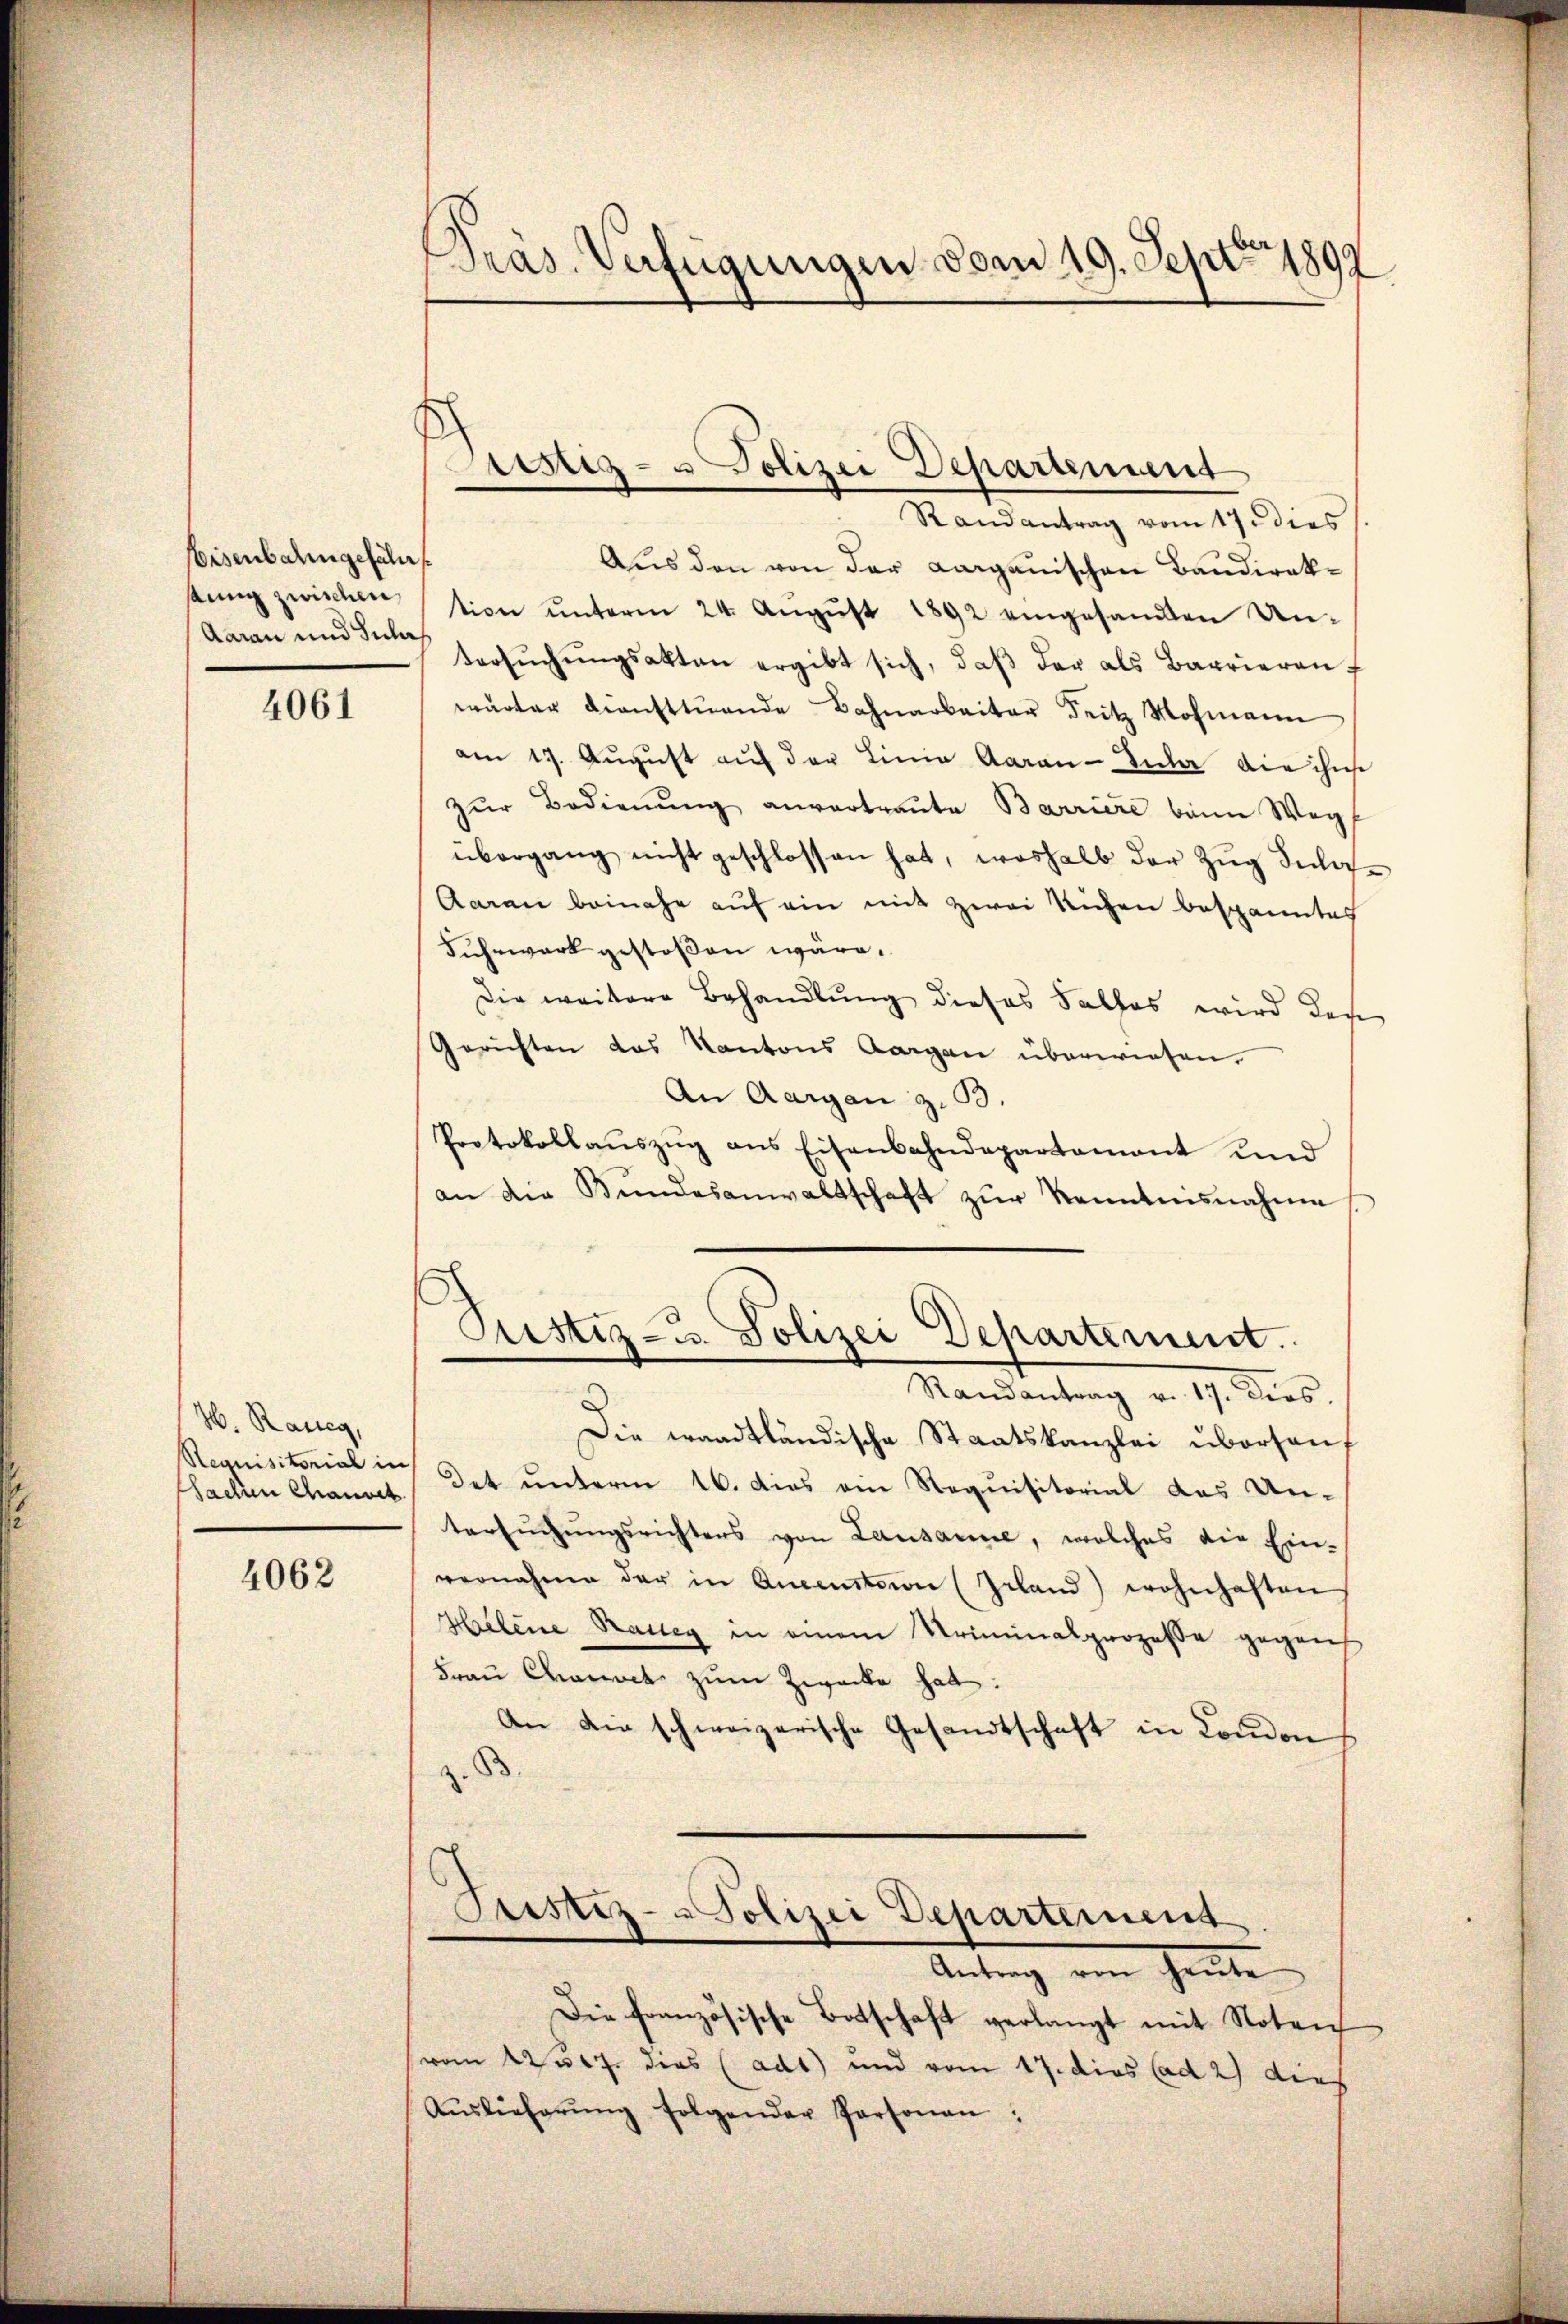
Eisenbahngefäll
Aarau und Inlas

4061

W. Rang,
Sachen Chauset

4062

Präs. Verfügungen vom 19. Sept. 1892

Randantrag vom 17. dies
Aus den von der Aarganischen Bandireksung zwischention unterm 24. August 1892 eingesandten Untersŭchŭngsakten ergibt sich, daβ der als Barrieren
wärter diensttŭande Bahnarbeiter Seitz Mohmann
am 17. Aŭgŭst aŭf der Linie Garan-Tuber die ihne
zŭr Bedienŭng anvertraute Barriere beim Wegf
übergang nicht geschlossen hat, weshalb der Zŭg Inla¬
Aaran beinahe auf ein mit zwei Richen bespanntes
Fuhrwerk gestoßen wäre.
Die weitere Behandlung dieses Falles wird des
Gerichten das Kantons Aargau überwiesen.
An Aargau z. B.
Protokollaŭszŭg ans Eisenbahndepartamant und
an die Bŭndesanwaltschaft zŭr Kenntnisnahme

Justiz- u Polizei Departement

Pustiz- u. Polizei Departement.

Randantrag v. 17. Dies.
Die waadtländische Staatskanzlei übersauf
Requisitorial in Det unterm 16. dies ein Requisitorial des Untersŭchŭngsrichters von Lausanne, welches die Einvernahme der in Aueenstorie (Geland) wohnhaften
Helene Rasseg in einem Kriminalprozesse gegens
Frau Charact zum Zwecke hat:
An die schweizerische Gesandtschaft in Condon
 B.
Justiz-Polizei Departement
Antrag von heŭte
Die französische Botschaft verlangt mit Noten
(vom 22507. dies (adt) und vom 17. dies ad 2) dies
Aŭslieferŭng folgender Personau: